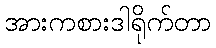
အားကစားဒါရိုက်တာ